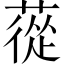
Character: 蓯